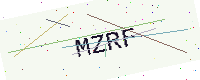
Text: MZRF